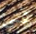
في